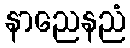
နာညေနညံ